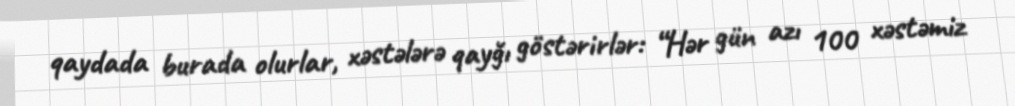
qaydada burada olurlar, xəstələrə qayğı göstərirlər: “Hər gün azı 100 xəstəmiz